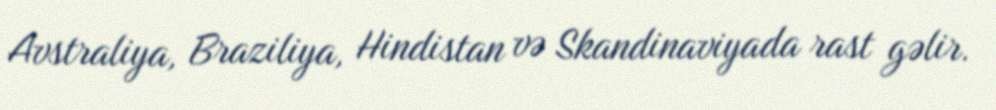
Avstraliya, Braziliya, Hindistan və Skandinaviyada rast gəlir.